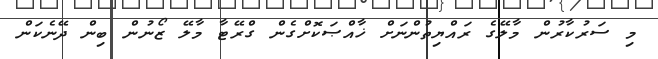
މި ސަރުކާރުން މާލޭގެ ރައްޔިތުންނަށް ޚާއްޞަކޮށްގެން ގްރޭޓާ މާލޭ ޒޯނުން ބިން ދޭނެކަން